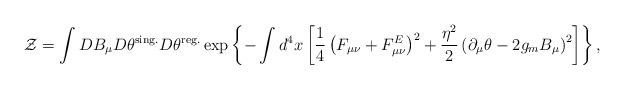
\begin{align*}{\cal Z}=\int DB_\mu D\theta^{{\rm sing.}} D\theta^{{\rm reg.}}\exp\left\{-\int d^4x\left[\frac14\left(F_{\mu\nu}+F_{\mu\nu}^E\right)^2+\frac{\eta^2}{2}\left(\partial_\mu\theta-2g_mB_\mu\right)^2\right]\right\},\end{align*}